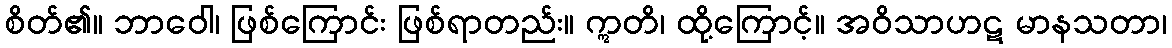
စိတ်၏။ ဘာဝေါ၊ ဖြစ်ကြောင်း ဖြစ်ရာတည်း။ ဣတိ၊ ထို့ကြောင့်။ အဝိသာဟဋ မာနသတာ၊